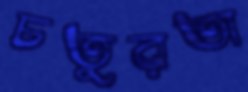
চতুরতা